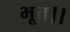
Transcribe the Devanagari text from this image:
भूत।।